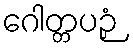
ဂေါတ္တပဉှံ